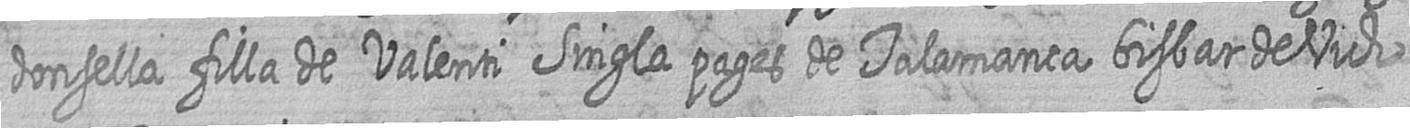
donsella filla de Valenti Singla pages de Talamanca bisbat de Vich